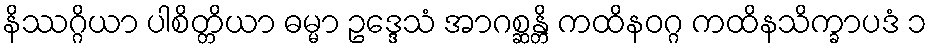
နိဿဂ္ဂိယာ ပါစိတ္တိယာ ဓမ္မာ ဥဒ္ဒေသံ အာဂစ္ဆန္တိ ကထိနဝဂ္ဂ ကထိနသိက္ခာပဒံ ၁